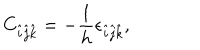
LaTeX: C _ { \hat { i } \hat { j } \hat { k } } = - \frac { 1 } { h } \epsilon _ { \hat { i } \hat { j } \hat { k } } ,